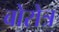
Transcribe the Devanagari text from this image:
बोरोत्र